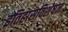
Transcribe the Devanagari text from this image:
इतिहासविशेषज्ञ